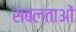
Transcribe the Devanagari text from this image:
सबलताओं